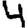
Digit: 4